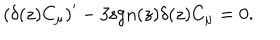
\left( \delta ( z ) C _ { \mu } \right) ^ { \prime } - 3 \mathrm { s g n } ( z ) \delta ( z ) C _ { \mu } = 0 .